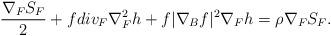
LaTeX: \begin{align*}\frac{\nabla_F S_F}{2}+f div_F\nabla_F^2 h +f|\nabla_B f|^2\nabla_F h=\rho \nabla_F S_F.\end{align*}